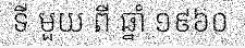
ទី មួយ ពី ឆ្នាំ ១៩៦០